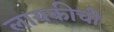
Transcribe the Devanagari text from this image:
लायकीची